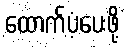
ထောက်ပံ့ပေးဖို့